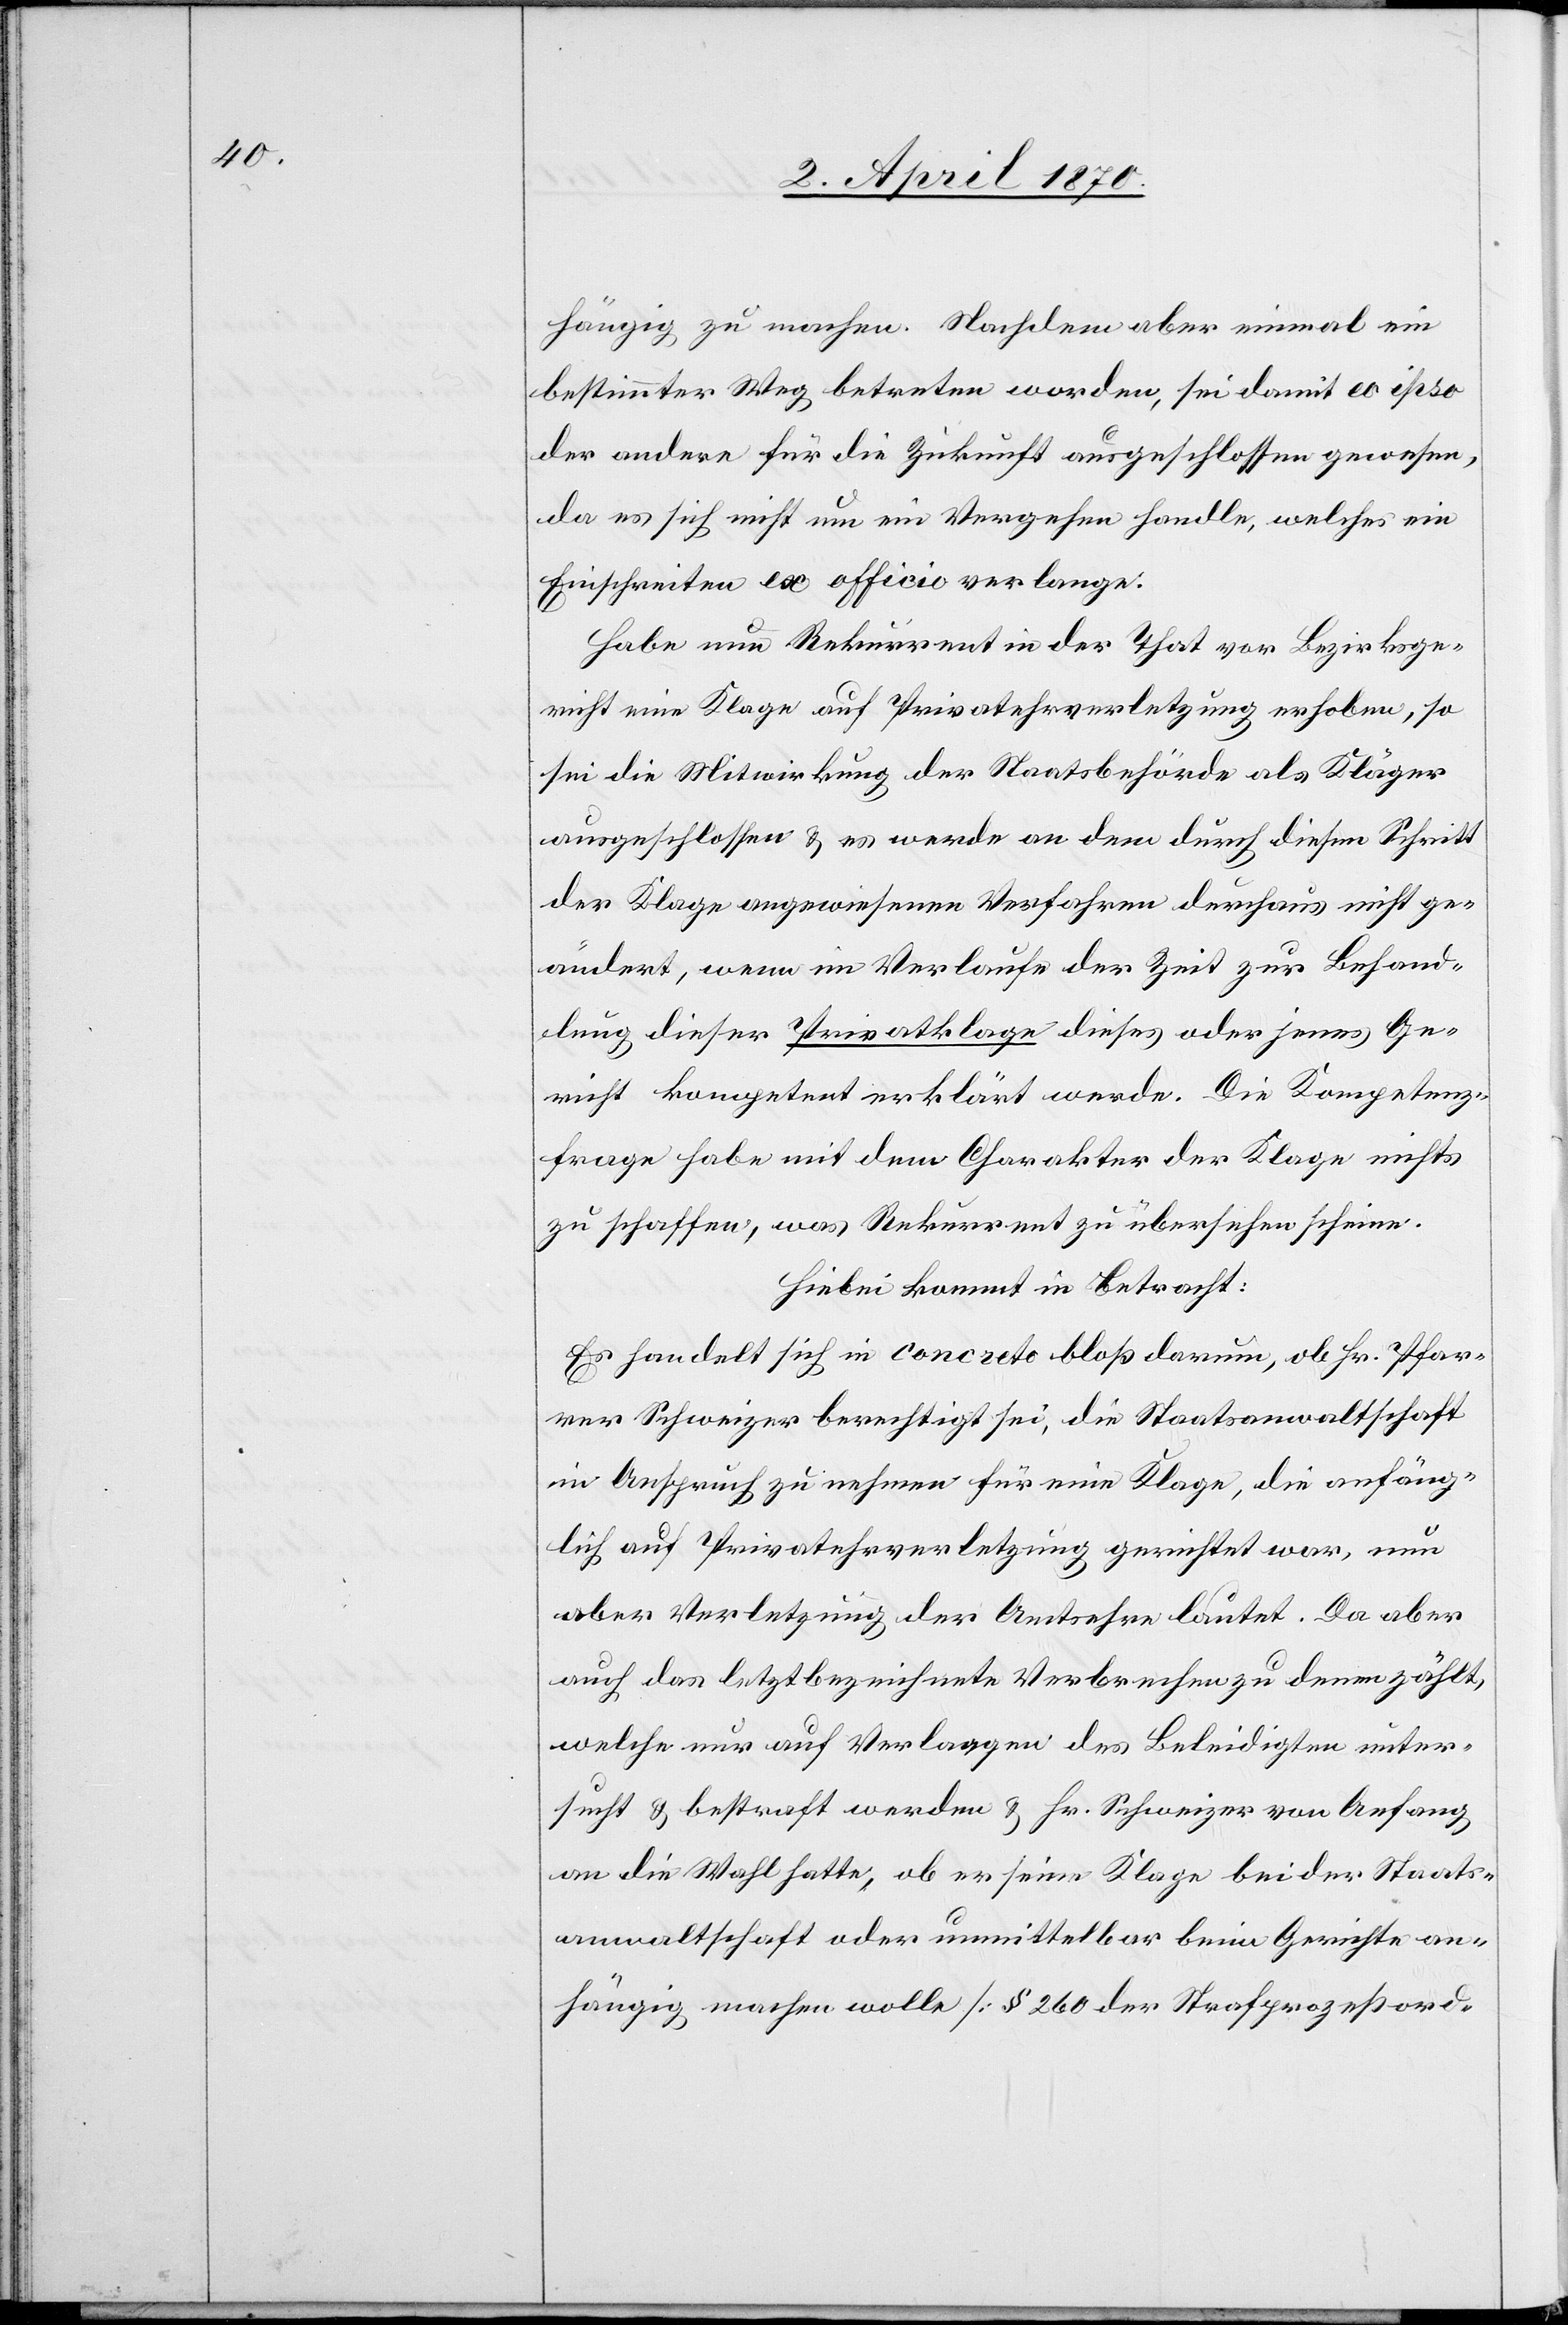
hängig zu machen. Nachdem aber einmal ein
bestimmter Weg betreten worden, sei damit eo ipso
der andere für die Zukunft ausgeschlossen gewesen,
da es sich nicht um ein Vergehen handle, welches ein
Einschreiten ex officio verlange.
Habe nun Rekurrent in der That vor Bezirksge¬
richt eine Klage auf Privatehrverletzung erhoben, so
sei die Mitwirkung der Staatsbehörde als Kläger
ausgeschlossen & es werde an dem durch diesen Schritt
der Klage angewiesenen Verfahren durchaus nicht ge¬
ändert, wenn im Verlaufe der Zeit zur Behand¬
lung dieser Privatklage dieses oder jenes Ge¬
richt kompetent erklärt werde. Die Kompetenz¬
frage habe mit dem Charakter der Klage nichts
zu schaffen, was Rekurrent zu übersehen scheine.
Hiebei kommt in Betracht:
Es handelt sich in concreto bloß darum, ob Hr. Pfar¬
rer Schweizer berechtigt sei, die Staatsanwaltschaft
in Anspruch zu nehmen für eine Klage, die anfäng¬
lich auf Privatehrverletzung gerichtet war, nun
aber Verletzung der Amtsehre lautet. Da aber
auch das letztbezeichnete Verbrechen zu denen zählt,
welche nur auf Verlangen des Beleidigten unter¬
sucht & bestraft werden & Hr. Schweizer von Anfang
an die Wahl hatte, ob er seine Klage bei der Staats¬
anwaltschaft oder unmittelbar beim Gerichte an¬
hängig machen wolle [§ 260 der Strafprozeßord-